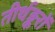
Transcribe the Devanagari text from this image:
तीर्थङ्करों